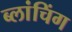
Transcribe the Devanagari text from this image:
ब्लांचिंग